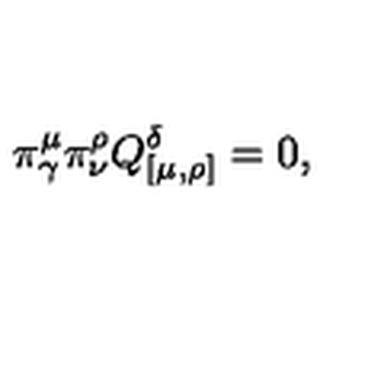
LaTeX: \pi _ { \gamma } ^ { \mu } \pi _ { \nu } ^ { \rho } Q _ { [ \mu , \rho ] } ^ { \delta } = 0 ,